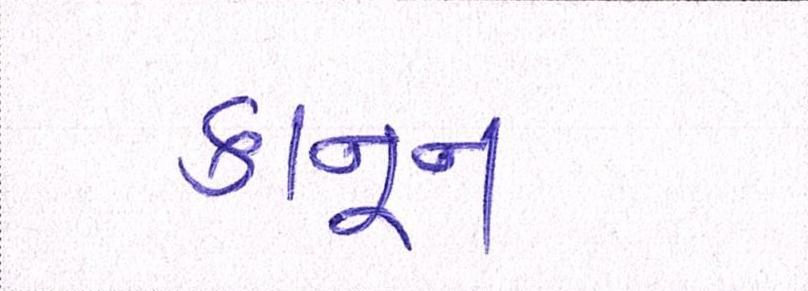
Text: કાનૂન